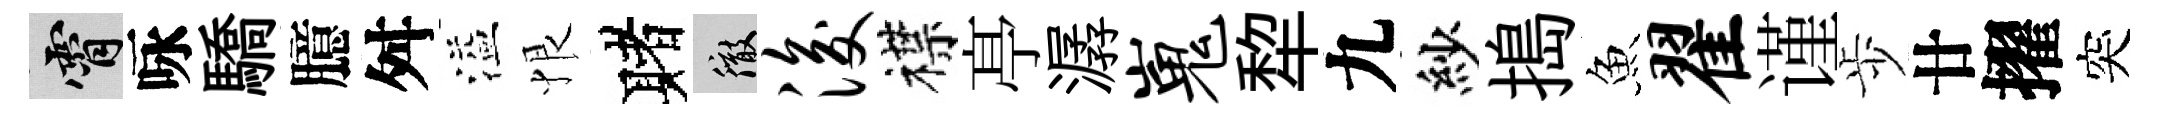
霄咏驕臆舛溢恨赌徹浚襟𠅘潺嵬犂九紗搗魚翟谨歩廿擢突